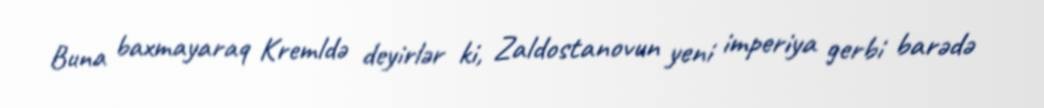
Buna baxmayaraq Kremldə deyirlər ki, Zaldostanovun yeni imperiya gerbi barədə